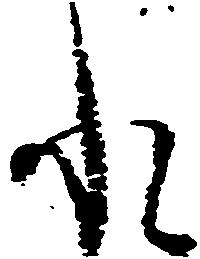
水